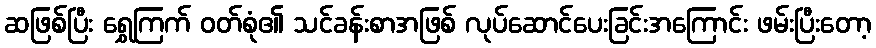
ဆဖြစ်ပြီး ရွှေကြက် ဝတ်စုံ၏ သင်ခန်းစာအဖြစ် လုပ်ဆောင်ပေးခြင်းအကြောင်း ဖမ်းပြီးတော့